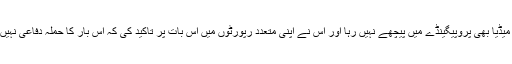
اس دفعہ صیہونی میڈیا بھی پروپیگینڈے میں پیچھے نہیں رہا اور اس نے اپنی متعدد رپورٹوں میں اس بات پر تاکید کی کہ اس بار کا حملہ دفاعی نہیں بلکہ ہجومی ہوگا۔